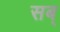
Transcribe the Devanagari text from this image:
सब्